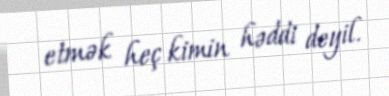
etmək heç kimin həddi deyil.